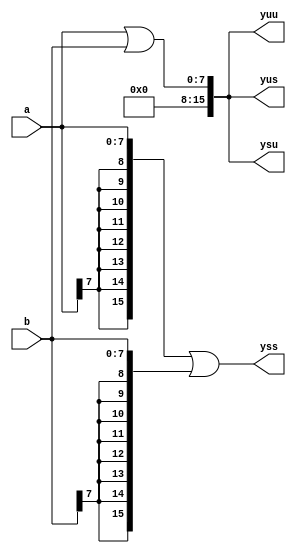
module manually_extended_logical_or(a, b, yuu, yus, ysu, yss);
input   [7:0] a, b;
output [15:0] yuu, yus, ysu, yss;
assign yuu = {{8{1'b0}}, a} | {{8{1'b0}}, b};
assign yus = {{8{1'b0}}, a} | {{8{1'b0}}, b};
assign ysu = {{8{1'b0}}, a} | {{8{1'b0}}, b};
assign yss = {{8{a[7]}}, a} | {{8{b[7]}}, b};
endmodule